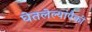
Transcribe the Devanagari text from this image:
घेतलेल्यांपैकी